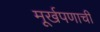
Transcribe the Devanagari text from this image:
मूर्खपणाची